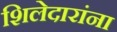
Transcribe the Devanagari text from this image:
शिलेदारांना